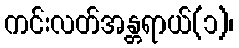
ကင်းလတ်အန္တရာယ်(၁)၊